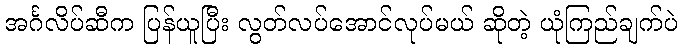
အင်္ဂလိပ်ဆီက ပြန်ယူပြီး လွတ်လပ်အောင်လုပ်မယ် ဆိုတဲ့ ယုံကြည်ချက်ပဲ